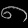
Digit: ၈